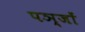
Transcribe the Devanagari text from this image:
पञ्जों